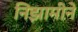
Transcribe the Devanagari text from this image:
निझामीने